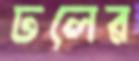
ঢলের